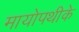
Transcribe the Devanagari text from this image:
मायोपथीके